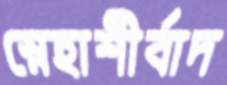
স্নেহাশীর্বাদ